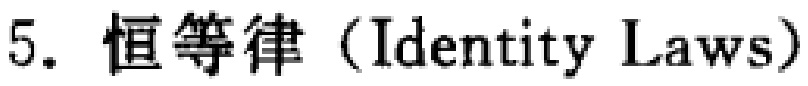
5. 恒等律（Identity Laws）